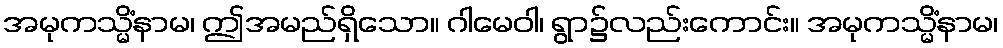
အမုကသ္မိံနာမ၊ ဤအမည်ရှိသော။ ဂါမေဝါ၊ ရွာ၌လည်းကောင်း။ အမုကသ္မိံနာမ၊